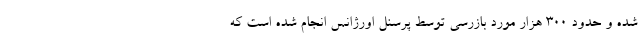
شده و حدود ۳۰۰ هزار مورد بازرسی توسط پرسنل اورژانس انجام شده است که